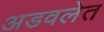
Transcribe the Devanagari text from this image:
अडवलेत